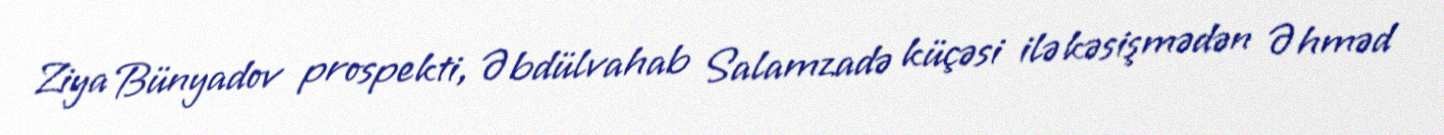
Ziya Bünyadov prospekti, Əbdülvahab Salamzadə küçəsi ilə kəsişmədən Əhməd